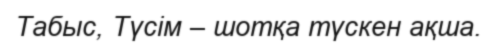
Табыс, Түсім – шотқа түскен ақша.